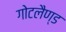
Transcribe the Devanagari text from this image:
गोटलैण्ड